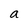
Character: a